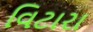
વિટારા